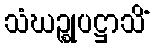
သံဃဉ္စုပဋ္ဌာသိံ